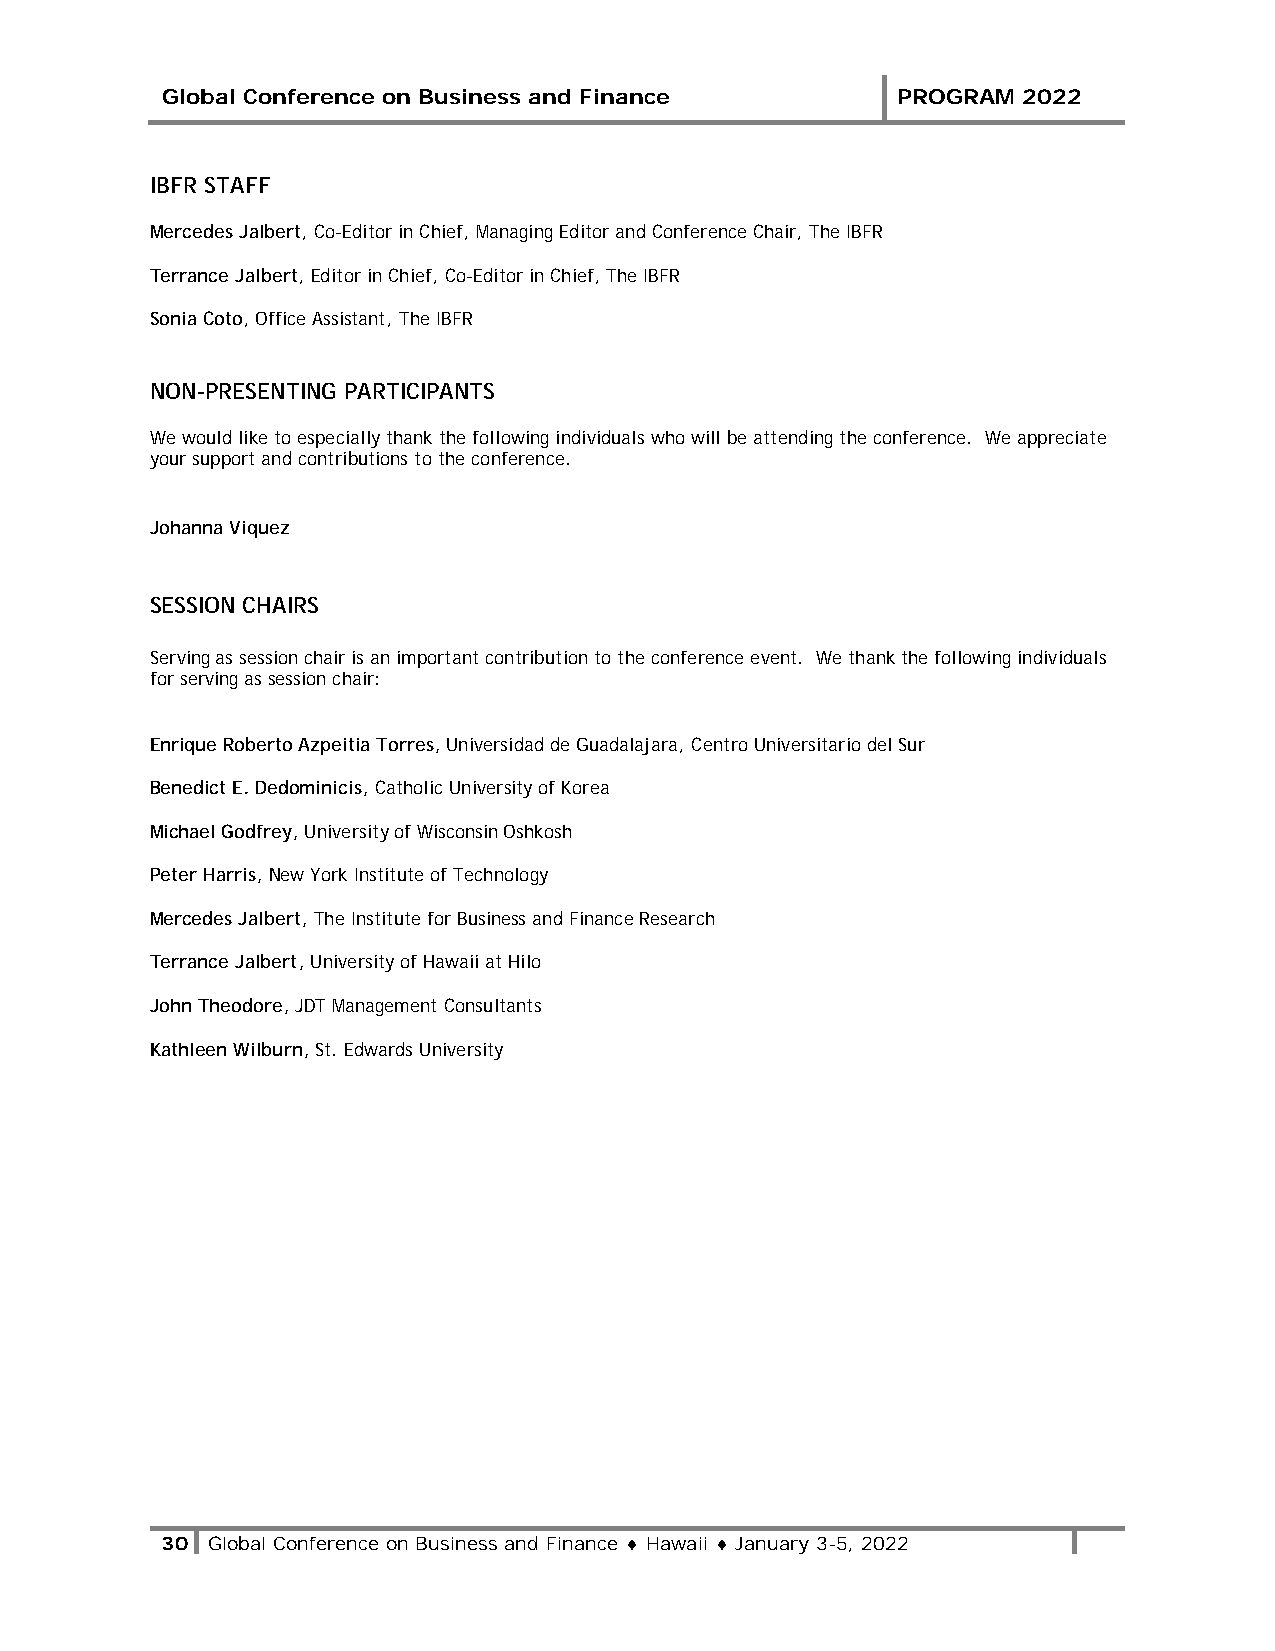
Global Conference on Business and Finance       PROGRAM  2022
 IBFR STAFF
 Mercedes Jalbert, Co-Editor in Chief, Managing Editor and Conference Chair, The IBFR
 Terrance Jalbert, Editor in Chief, Co-Editor in Chief, The IBFR
 Sonia Coto, Office Assistant, The IBFR
 NON-PRESENTING PARTICIPANTS
 We would like to especially thank the following individuals who will be attending the conference. We appreciate
 your support and contributions to the conference.
 Johanna Viquez
 SESSION CHAIRS
 Serving as session chair is an important contribution to the conference event. We thank the following individuals
 for serving as session chair:
 Enrique Roberto Azpeitia Torres, Universidad de Guadalajara, Centro Universitario del Sur
 Benedict E. Dedominicis, Catholic University of Korea
 Michael Godfrey, University of Wisconsin Oshkosh
 Peter Harris, New York Institute of Technology
 Mercedes Jalbert, The Institute for Business and Finance Research
 Terrance Jalbert, University of Hawaii at Hilo
 John Theodore, JDT Management Consultants
 Kathleen Wilburn, St. Edwards University
 30 Global Conference on Business and Finance ♦ Hawaii ♦ January 3-5, 2022